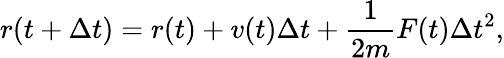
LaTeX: r(t+\Delta t)=r(t)+v(t)\Delta t+\frac{1}{2m}F(t)\Delta t^{2},